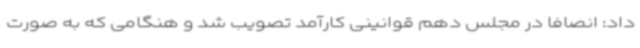
داد: انصافاً در مجلس دهم قوانینی کارآمد تصویب شد و هنگامی که به صورت